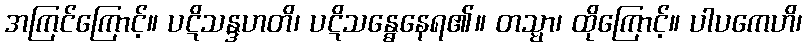
အကြင်ကြောင့်။ ပဋိသန္ဒဟတိ၊ ပဋိသန္ဓေနေရ၏။ တသ္မာ၊ ထိုကြောင့်။ ပါပကေဟိ၊